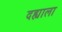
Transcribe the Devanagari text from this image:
दह्याला